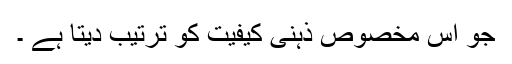
جو اس مخصوص ذہنی کیفیت کو ترتیب دیتا ہے ۔